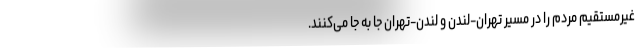
غیرمستقیم مردم را در مسیر تهران-لندن و لندن-تهران جا به جا می‌کنند.